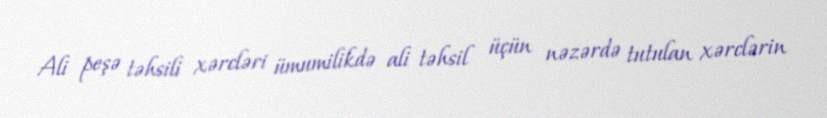
Ali peşə təhsili xərcləri ümumilikdə ali təhsil üçün nəzərdə tutulan xərclərin